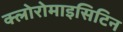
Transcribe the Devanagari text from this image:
क्लोरोमाइसिटिन